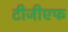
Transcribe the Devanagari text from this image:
टीजीएफ